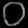
Digit: ၀